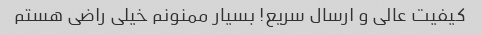
کیفیت عالی و ارسال سریع! بسیار ممنونم خیلی راضی هستم